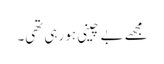
مجھے بے چینی ہو رہی تھی۔